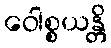
ဝေါစ္စယန္တိ